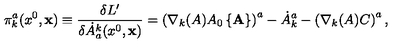
\pi _ { k } ^ { a } ( x ^ { 0 } , { \bf x } ) \equiv \frac { \delta L ^ { \prime } } { \delta \dot { A } _ { a } ^ { k } ( x ^ { 0 } , { \bf x } ) } = \left( \nabla _ { k } ( A ) A _ { 0 } \left\{ { \bf A } \right\} \right) ^ { a } - \dot { A } _ { k } ^ { a } - \left( \nabla _ { k } ( A ) C \right) ^ { a } ,